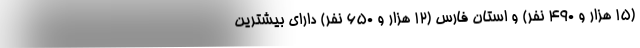
(۱۵ هزار و ۴۹۰ نفر) و استان فارس (۱۲ هزار و ۶۵۰ نفر) دارای بیشترین